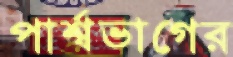
পার্শ্বভাগের